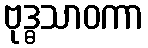
ဗုဒ္ဓသာဝကာ